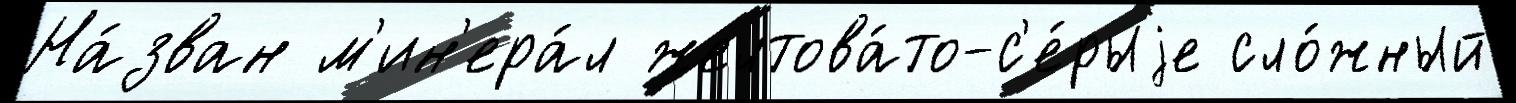
На́зван м'ин'ера́л желтова́то-с'е́рыjе сло́жный